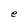
Character: S